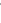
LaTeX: \hat{}